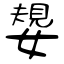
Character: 嫢